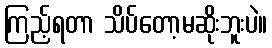
ကြည့်ရတာ သိပ်တော့မဆိုးဘူးပဲ။